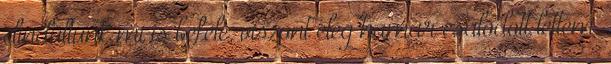
elindultunk mi is befelé, viszont elég hamar csalódott lettem.